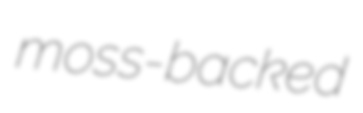
moss-backed